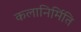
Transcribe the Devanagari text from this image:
कलानिर्मिति